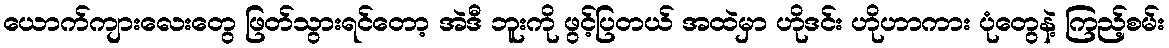
ယောက်ကျားလေးတွေ ဖြတ်သွားရင်တော့ အဲဒီ ဘူးကို ဖွင့်ပြတယ် အထဲမှာ ဟိုဒင်း ဟိုဟာကား ပုံတွေနဲ့ ကြည့်စမ်း